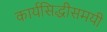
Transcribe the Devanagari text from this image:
कार्यसिद्धीसमयी